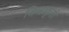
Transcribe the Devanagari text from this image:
जिव्हाकृती